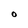
Character: O